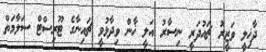
ދާޚިލީ ވަޒީރު ޗައުދަރީ ނިސާރު އަލީ ޚާން ވިދާޅުވީ ޗައިނާގެ ޓޫރިސްޓް ސަލާމަތް